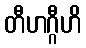
တီဟဂ္ဂီဟိ